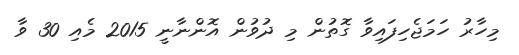
މިހާރު ހަމަޖެހިފައިވާ ގޮތުން މި ދުވުން އޮންނާނީ 2015 މެއި 30 ވާ